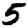
Digit: 5